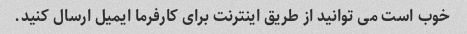
خوب است می توانید از طریق اینترنت برای کارفرما ایمیل ارسال کنید.